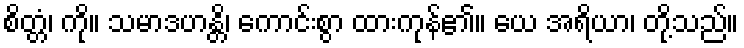
စိတ္တံ၊ ကို။ သမာဒဟန္တိ၊ ကောင်းစွာ ထားကုန်၏။ ယေ အရိယာ၊ တို့သည်။